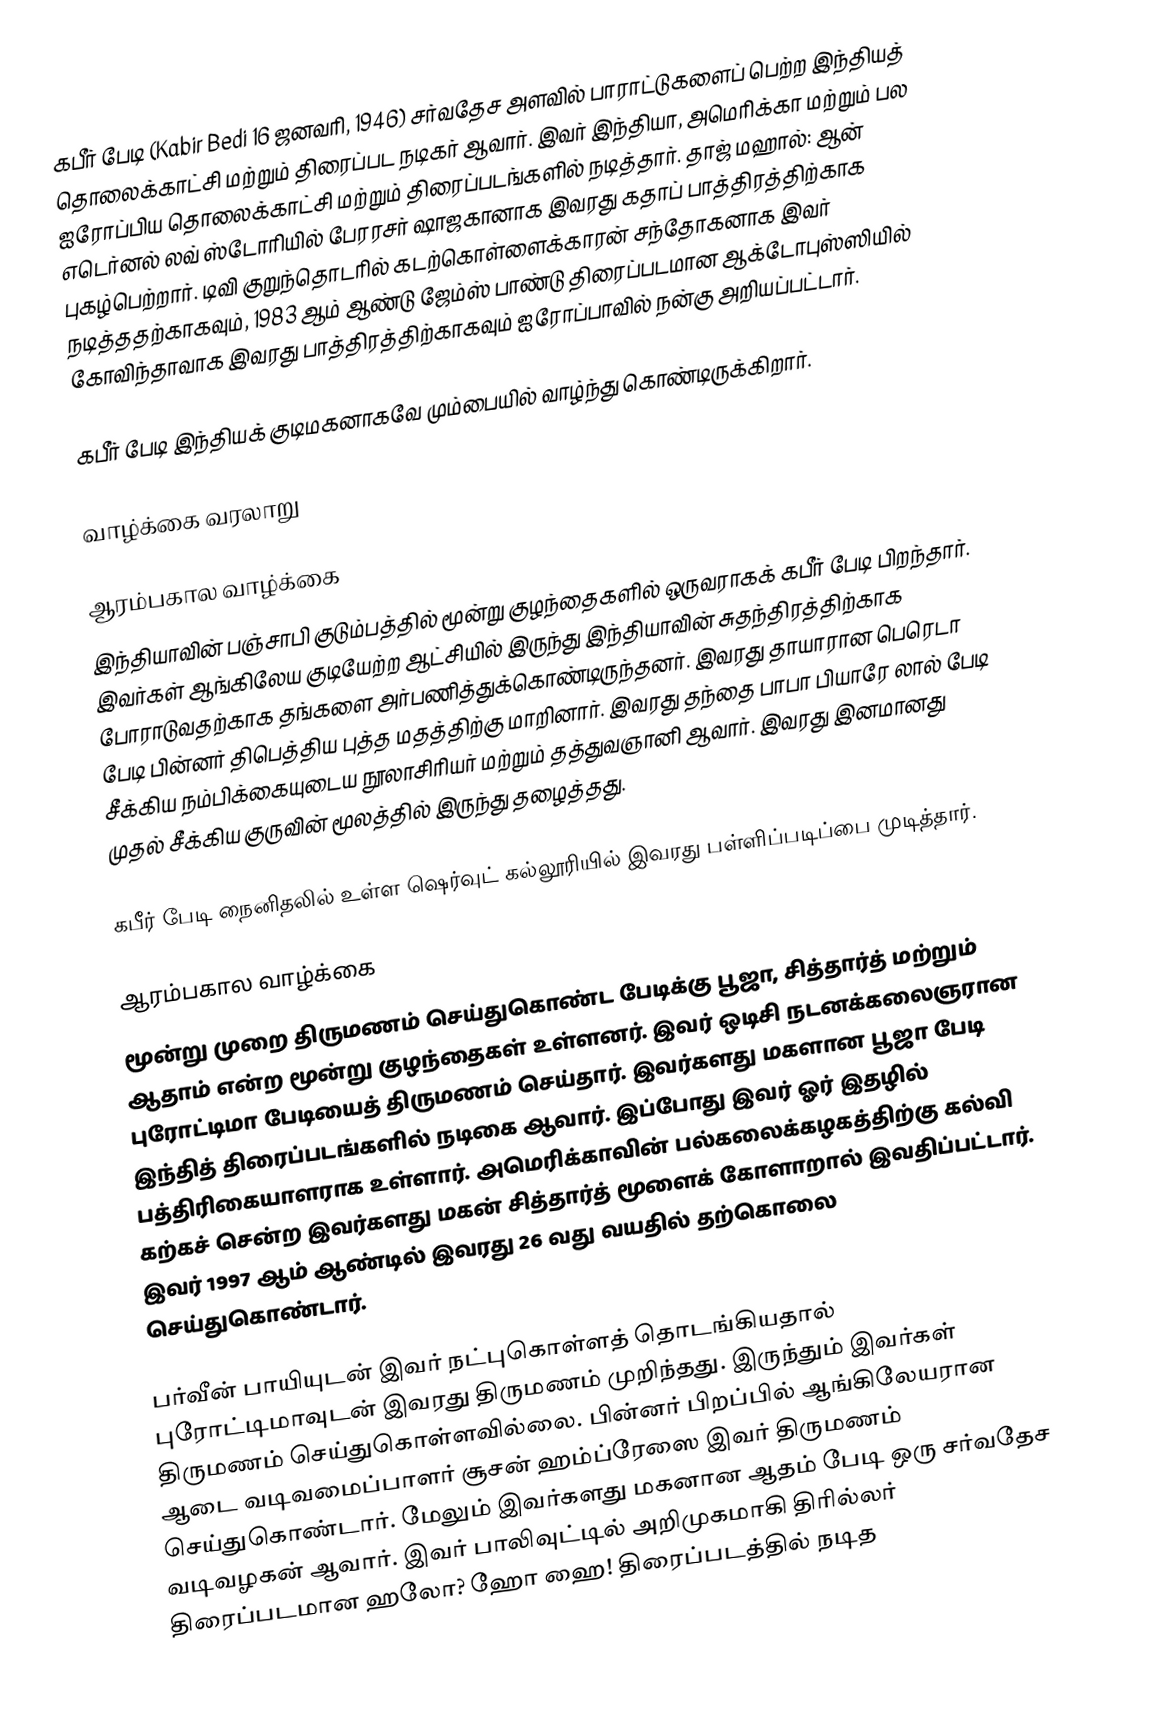
கபீர் பேடி (Kabir Bedi 16 ஜனவரி, 1946) சர்வதேச அளவில் பாராட்டுகளைப் பெற்ற இந்தியத் தொலைக்காட்சி மற்றும் திரைப்பட நடிகர் ஆவார். இவர் இந்தியா, அமெரிக்கா மற்றும் பல ஐரோப்பிய தொலைக்காட்சி மற்றும் திரைப்படங்களில் நடித்தார். தாஜ் மஹால்: ஆன் எடெர்னல் லவ் ஸ்டோரியில் பேரரசர் ஷாஜகானாக இவரது கதாப் பாத்திரத்திற்காக புகழ்பெற்றார். டிவி குறுந்தொடரில் கடற்கொள்ளைக்காரன் சந்தோகனாக இவர் நடித்ததற்காகவும், 1983 ஆம் ஆண்டு ஜேம்ஸ் பாண்டு திரைப்படமான ஆக்டோபுஸ்ஸியில் கோவிந்தாவாக இவரது பாத்திரத்திற்காகவும் ஐரோப்பாவில் நன்கு அறியப்பட்டார்.

கபீர் பேடி இந்தியக் குடிமகனாகவே மும்பையில் வாழ்ந்து கொண்டிருக்கிறார்.

வாழ்க்கை வரலாறு

ஆரம்பகால வாழ்க்கை
இந்தியாவின் பஞ்சாபி குடும்பத்தில் மூன்று குழந்தைகளில் ஒருவராகக் கபீர் பேடி பிறந்தார். இவர்கள் ஆங்கிலேய குடியேற்ற ஆட்சியில் இருந்து இந்தியாவின் சுதந்திரத்திற்காக போராடுவதற்காக தங்களை அர்பணித்துக்கொண்டிருந்தனர். இவரது தாயாரான பெரெடா பேடி பின்னர் திபெத்திய புத்த மதத்திற்கு மாறினார். இவரது தந்தை பாபா பியாரே லால் பேடி சீக்கிய நம்பிக்கையுடைய நூலாசிரியர் மற்றும் தத்துவஞானி ஆவார். இவரது இனமானது முதல் சீக்கிய குருவின் மூலத்தில் இருந்து தழைத்தது.

கபீர் பேடி நைனிதலில் உள்ள ஷெர்வுட் கல்லூரியில் இவரது பள்ளிப்படிப்பை முடித்தார்.

ஆரம்பகால வாழ்க்கை
மூன்று முறை திருமணம் செய்துகொண்ட பேடிக்கு பூஜா, சித்தார்த் மற்றும் ஆதாம் என்ற மூன்று குழந்தைகள் உள்ளனர். இவர் ஒடிசி நடனக்கலைஞரான புரோட்டிமா பேடியைத் திருமணம் செய்தார். இவர்களது மகளான பூஜா பேடி இந்தித் திரைப்படங்களில் நடிகை ஆவார். இப்போது இவர் ஓர் இதழில் பத்திரிகையாளராக உள்ளார். அமெரிக்காவின் பல்கலைக்கழகத்திற்கு கல்வி கற்கச் சென்ற இவர்களது மகன் சித்தார்த்  மூளைக் கோளாறால் இவதிப்பட்டார். இவர் 1997 ஆம் ஆண்டில் இவரது 26 வது வயதில் தற்கொலை செய்துகொண்டார்.

பர்வீன் பாயியுடன்  இவர் நட்புகொள்ளத் தொடங்கியதால் புரோட்டிமாவுடன் இவரது திருமணம் முறிந்தது. இருந்தும் இவர்கள் திருமணம் செய்துகொள்ளவில்லை. பின்னர் பிறப்பில் ஆங்கிலேயரான ஆடை வடிவமைப்பாளர் சூசன் ஹம்ப்ரேஸை இவர் திருமணம் செய்துகொண்டார். மேலும் இவர்களது மகனான ஆதம் பேடி ஒரு சர்வதேச வடிவழகன் ஆவார். இவர் பாலிவுட்டில் அறிமுகமாகி திரில்லர் திரைப்படமான ஹலோ?  ஹோ ஹை! திரைப்படத்தில் நடித